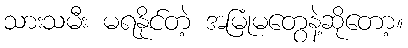
သားသမီး မရနိုင်တဲ့ အမြုံမတွေနဲ့ဆိုတော့။